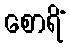
စောရိံ